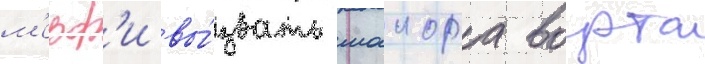
м'ерф'и вы́звать маиора ворта